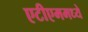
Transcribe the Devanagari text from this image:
एटीएममध्ये